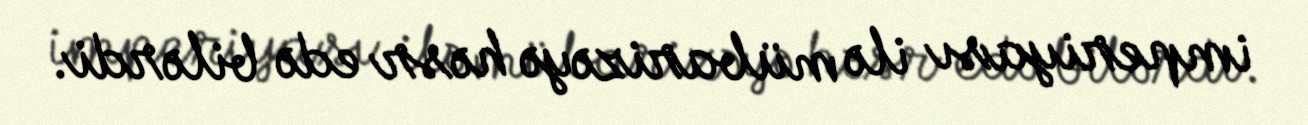
imperiyası ilə mübarizəyə həsr edə bilərdi.